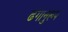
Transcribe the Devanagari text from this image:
ढंगानुरूप